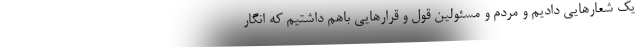
یک شعارهایی دادیم و مردم و مسئولین قول و قرارهایی باهم داشتیم که انگار